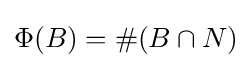
\Phi (B)=\#(B\cap {N})